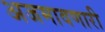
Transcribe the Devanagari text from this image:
अजमावणारी